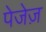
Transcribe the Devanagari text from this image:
पेजेज़